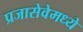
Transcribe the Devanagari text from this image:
प्रजासेवेमध्ये